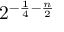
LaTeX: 2 ^ { - { \frac { 1 } { 4 } } - { \frac { n } { 2 } } }